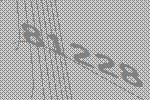
81228